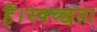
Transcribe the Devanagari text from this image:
हैं।स्वच्छता